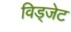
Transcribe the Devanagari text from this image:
विड्जेट